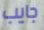
جايب